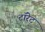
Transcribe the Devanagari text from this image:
टॉरेट